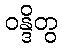
ဝန္ဒိတွ